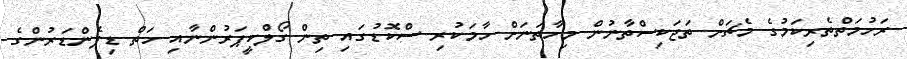
ރަހުމަތްތެރިކަމުގެ މެޗަށް ތަޖަކިސްތާނުން މިހާތަނަށް ހާމަކުރި ސްކޮޑުގައި ތިން ގޯލްކީޕަރުންނާއި ހަތް ޑިފެންޑަރުންގެ